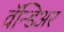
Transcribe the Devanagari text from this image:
वॅन्डिअर